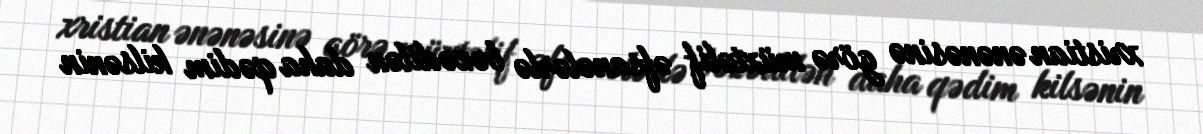
xristian ənənəsinə görə müxtəlif əfsanələrlə bəzədilən daha qədim kilsənin